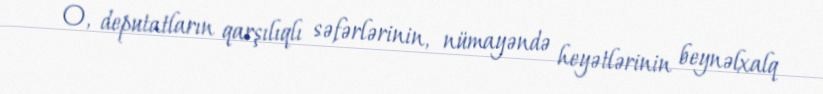
O, deputatların qarşılıqlı səfərlərinin, nümayəndə heyətlərinin beynəlxalq